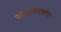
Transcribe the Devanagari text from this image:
गोपाळनाथांचा